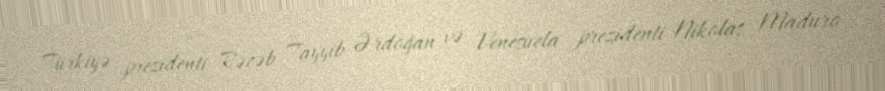
Türkiyə prezidenti Rəcəb Tayyib Ərdoğan və Venesuela prezidenti Nikolas Maduro